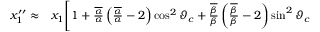
\begin{array} { r l } { x _ { 1 } ^ { \prime \prime } \approx } & { { } x _ { 1 } \Bigg [ 1 + \frac { \overline { { \alpha } } } { \alpha } \left( \frac { \overline { { \alpha } } } { \alpha } - 2 \right) \cos ^ { 2 } \vartheta _ { c } + \frac { \overline { { \beta } } } { \beta } \left( \frac { \overline { { \beta } } } { \beta } - 2 \right) \sin ^ { 2 } \vartheta _ { c } } \end{array}